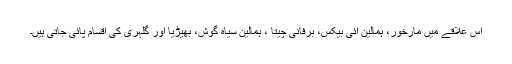
اس علاقے میں مارخور، ہمالین آئی بیکس، برفانی چیتا ، ہمالین سیاہ گوش، بھیڑیا اور گلہری کی اقسام پائی جاتی ہیں۔